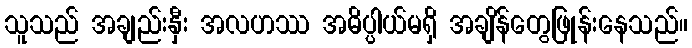
သူသည် အချည်းနှီး အလဟဿ အဓိပ္ပါယ်မရှိ အချိန်တွေဖြုန်းနေသည်။